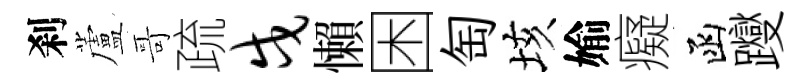
刹蘆哥疏戍懶困匋垓媮癡函躞